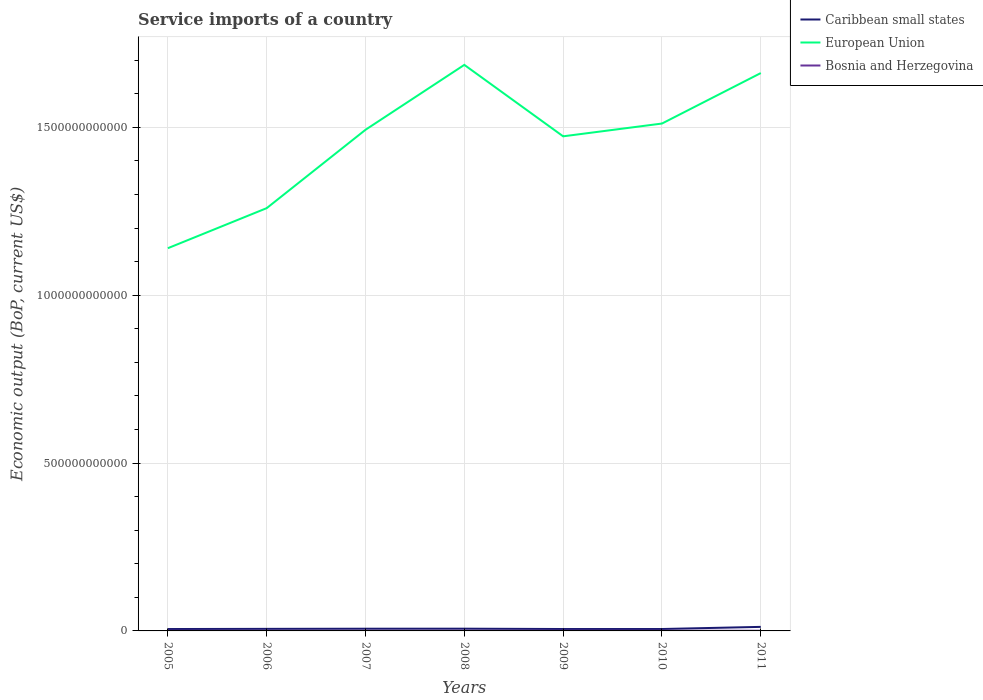
| Years | Caribbean small states | European Union | Bosnia and Herzegovina |
 | --- | --- | --- | --- |
 | 2005 | 5.64e+09 | 1.14e+12 | 4.36e+08 |
 | 2006 | 6.14e+09 | 1.26e+12 | 4.67e+08 |
 | 2007 | 6.55e+09 | 1.49e+12 | 4.95e+08 |
 | 2008 | 6.66e+09 | 1.69e+12 | 5.95e+08 |
 | 2009 | 5.67e+09 | 1.47e+12 | 6.4e+08 |
 | 2010 | 5.69e+09 | 1.51e+12 | 5.41e+08 |
 | 2011 | 1.2e+10 | 1.66e+12 | 5.57e+08 |